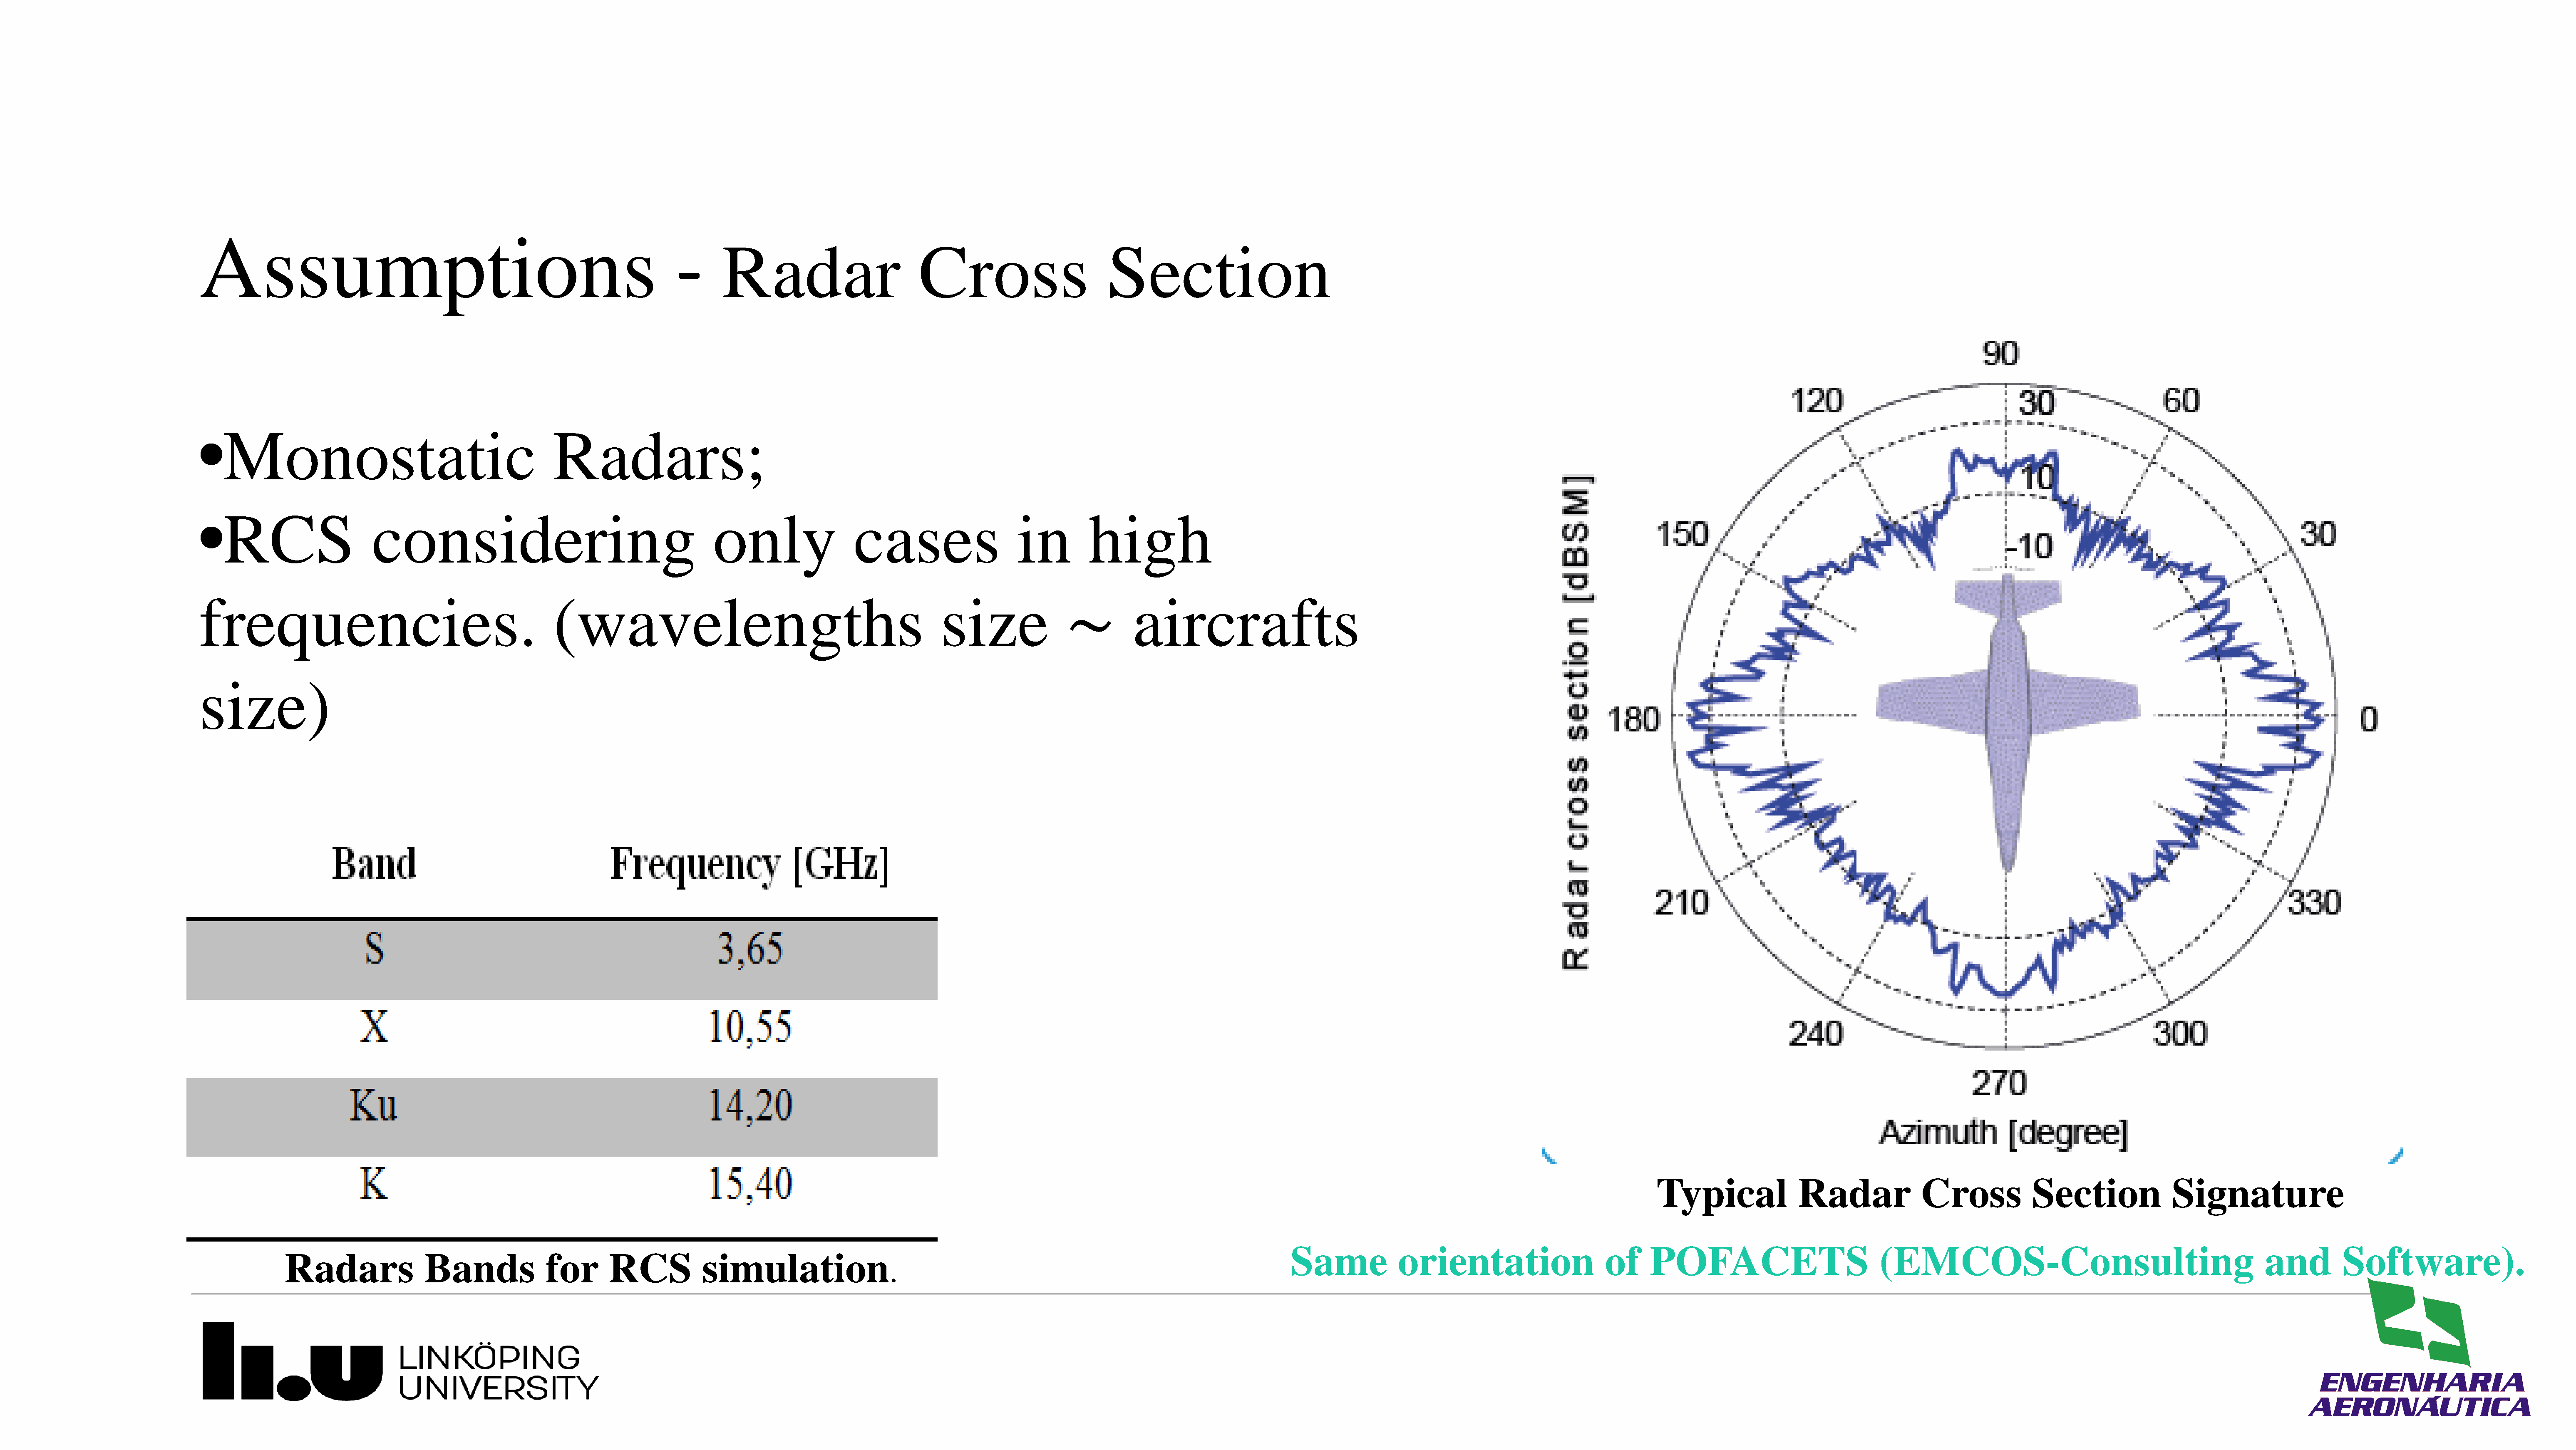
Assumptions                                                                 -
 Radar                          Cross                         Section
 •Monostatic                                             Radars;
 •RCS                       considering                                           only                   cases                     in         high
 frequencies.                                            (wavelengths                                                  size                          aircrafts
 size)
 ∼
 Typical                Radar               Cross            Section                Signature
 Same             orientation                      of     POFACETS                             (EMCOS-Consulting                                            and          Software).
 Radars                Bands               for       RCS            simulation
 .